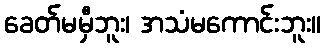
ခေတ်မမှီဘူး၊ အသံမကောင်းဘူး။